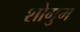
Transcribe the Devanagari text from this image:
शोगुम